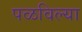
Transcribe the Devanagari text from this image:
पळविल्या